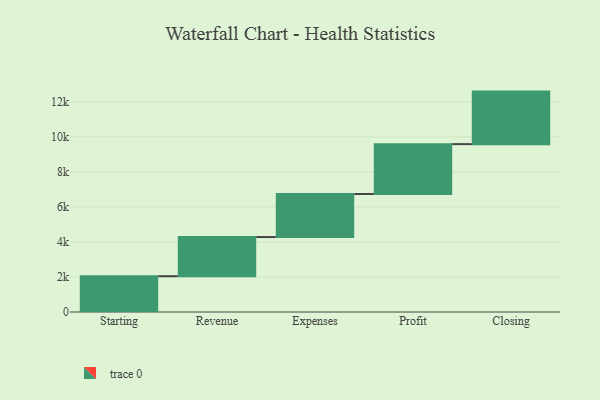
{"axis": {"x": "Step", "y": "Value"}, "legend": [""], "data": [{"x": "Starting", "y": 2043.0, "type": ""}, {"x": "Revenue", "y": 2237.0, "type": ""}, {"x": "Expenses", "y": 2458.0, "type": ""}, {"x": "Profit", "y": 2847.0, "type": ""}, {"x": "Closing", "y": 3000, "type": ""}]}